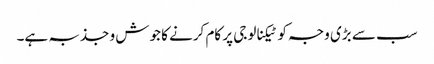
سب سے بڑی وجہ کو ٹیکنالوجی پر کام کرنے کا جوش و جذبہ ہے۔